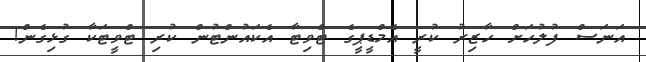
އަނަސް ފުލުހަށް ހާޒިރު ކުރީ އެމްޑީޕީގެ ޓްވިޓާ އެކައުންޓުން ކުރި ޓްވީޓަކާ ގުޅިގެން!